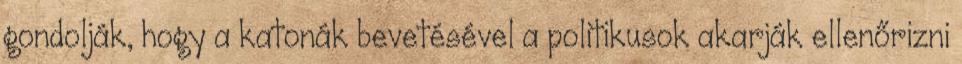
gondolják, hogy a katonák bevetésével a politikusok akarják ellenőrizni